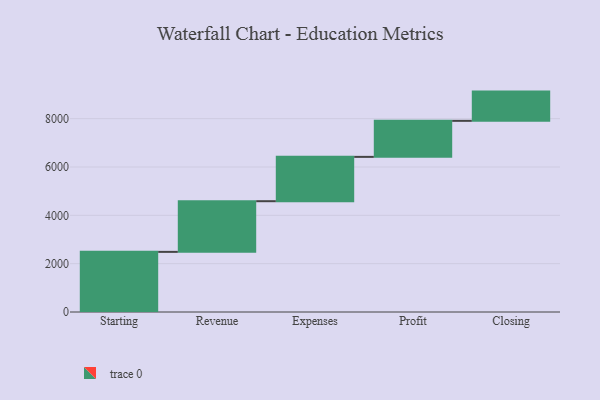
{"axis": {"x": "Step", "y": "Value"}, "legend": [""], "data": [{"x": "Starting", "y": 2488.0, "type": ""}, {"x": "Revenue", "y": 2097.0, "type": ""}, {"x": "Expenses", "y": 1834.0, "type": ""}, {"x": "Profit", "y": 1491.0, "type": ""}, {"x": "Closing", "y": 1210.0, "type": ""}]}